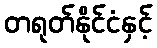
တရုတ်နိုင်ငံနှင့်